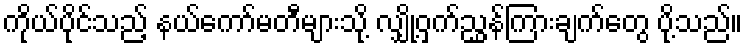
ကိုယ်ပိုင်သည့် နယ်ကော်မတီများသို့ လျှို့ဝှက်ညွှန်ကြားချက်တွေ ပို့သည်။